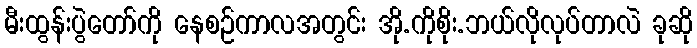
မီးထွန်းပွဲတော်ကို နေစဉ်ကာလအတွင်း အို.ကိုစိုး.ဘယ်လိုလုပ်တာလဲ ခုဆို